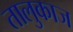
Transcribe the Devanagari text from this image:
तालुकाज